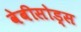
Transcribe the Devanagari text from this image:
वेबीसोड्स